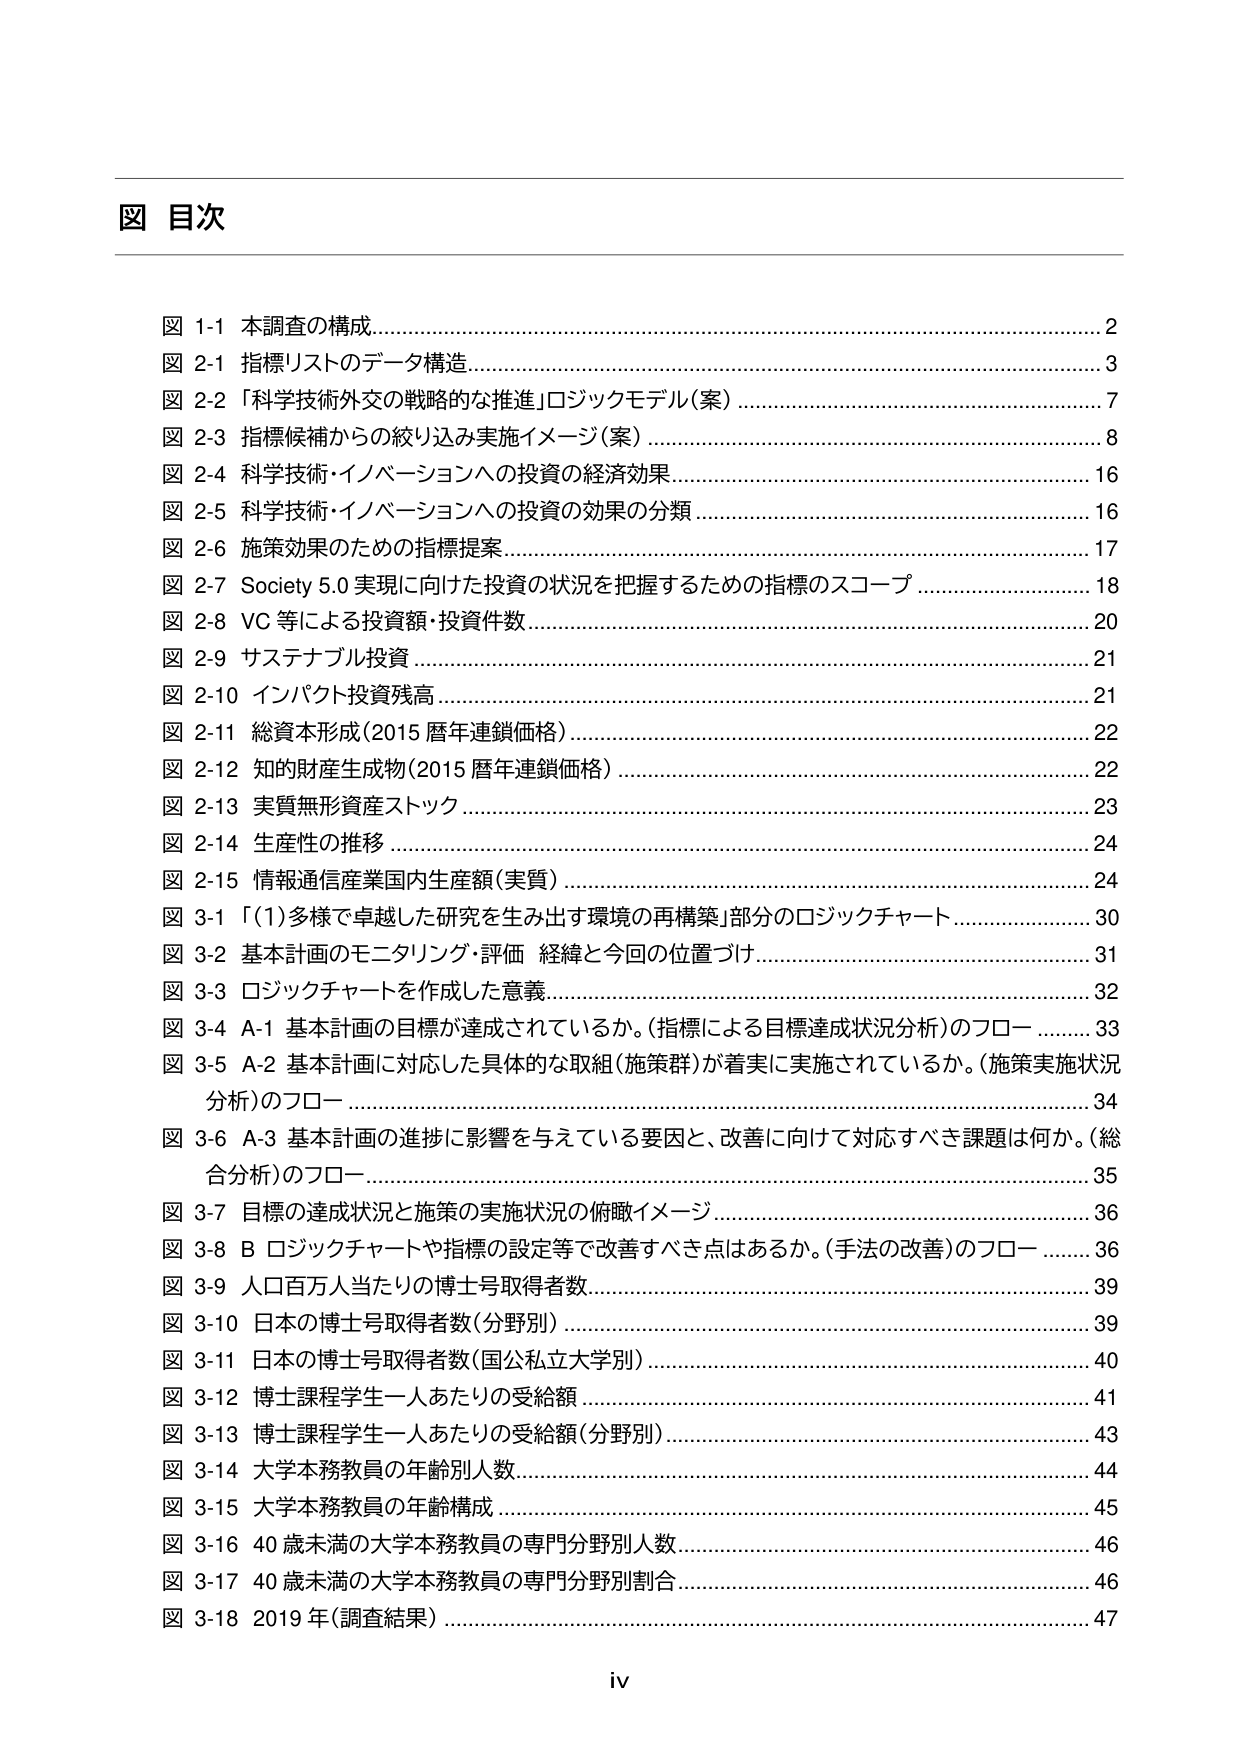
図 目次

図 1-1 本調査の構成…………………………………………………………………………………2
図 2-1 指標リストのデータ構造……………………………………………………………………3
図 2-2 「科学技術外交の戦略的な推進」ロジックモデル（案）………………………………7
図 2-3 指標候補からの絞り込み実施イメージ（案）…………………………………………8
図 2-4 科学技術・イノベーションへの投資の経済効果………………………………………16
図 2-5 科学技術・イノベーションへの投資の効果の分類……………………………………16
図 2-6 施策効果のための指標提案……………………………………………………………17
図 2-7 Society 5.0 実現に向けた投資の状況を把握するための指標のスコープ……………18
図 2-8 VC 等による投資額・投資件数…………………………………………………………20
図 2-9 サステナブル投資………………………………………………………………………21
図 2-10 インパクト投資残高…………………………………………………………………21
図 2-11 総資本形成（2015 暦年連鎖価格）…………………………………………………22
図 2-12 知的財産生成物（2015 暦年連鎖価格）……………………………………………22
図 2-13 実質無形資産ストック………………………………………………………………23
図 2-14 生産性の推移…………………………………………………………………………24
図 2-15 情報通信産業国内生産額（実質）…………………………………………………24
図 3-1 「(1)多様で卓越した研究を生み出す環境の再構築」部分のロジックチャート………30
図 3-2 基本計画のモニタリング・評価 経緯と今回の位置づけ……………………………31
図 3-3 ロジックチャートを作成した意義……………………………………………………32
図 3-4 A-1 基本計画の目標が達成されているか。（指標による目標達成状況分析）のフロー ………33
図 3-5 A-2 基本計画に対応した具体的な取組（施策群）が着実に実施されているか。（施策実施状況分析）のフロー ………………………………………………………………………34
図 3-6 A-3 基本計画の進捗に影響を与えている要因と、改善に向けて対応すべき課題は何か。（総合分析）のフロー ………………………………………………………………………35
図 3-7 目標の達成状況と施策の実施状況の俯瞰イメージ…………………………………36
図 3-8 B ロジックチャートや指標の設定等で改善すべき点はあるか。（手法の改善）のフロー ………36
図 3-9 人口百万人当たりの博士号取得者数…………………………………………………39
図 3-10 日本の博士号取得者数（分野別）……………………………………………………39
図 3-11 日本の博士号取得者数（国公私立大学別）…………………………………………40
図 3-12 博士課程学生一人あたりの受給額…………………………………………………41
図 3-13 博士課程学生一人あたりの受給額（分野別）………………………………………43
図 3-14 大学本務教員の年齢別人数…………………………………………………………44
図 3-15 大学本務教員の年齢構成……………………………………………………………45
図 3-16 40 歳未満の大学本務教員の専門分野別人数………………………………………46
図 3-17 40 歳未満の大学本務教員の専門分野別割合………………………………………46
図 3-18 2019 年（調査結果）…………………………………………………………………47

iv